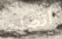
أتصلت